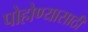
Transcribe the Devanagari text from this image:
पोहोण्यासाठी